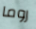
روما